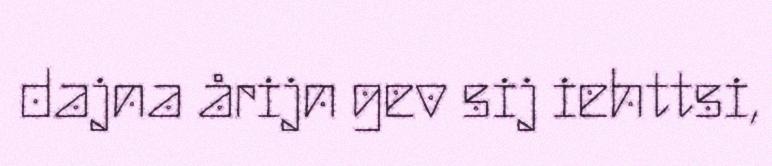
dajna årijn gev sij iehttsi,